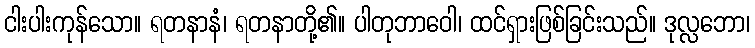
ငါးပါးကုန်သော။ ရတနာနံ၊ ရတနာတို့၏။ ပါတုဘာဝေါ၊ ထင်ရှားဖြစ်ခြင်းသည်။ ဒုလ္လဘော၊